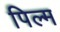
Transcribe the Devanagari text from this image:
पिल्म